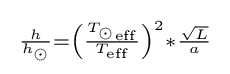
{\begin{smallmatrix}{\frac {h}{{h}_{\odot }}}={\left({\frac {{{T}_{\odot }}_{\rm {eff}}}{{T}_{\rm {eff}}}}\right)^{2}}*{\frac {\sqrt {L}}{a}}\end{smallmatrix}}